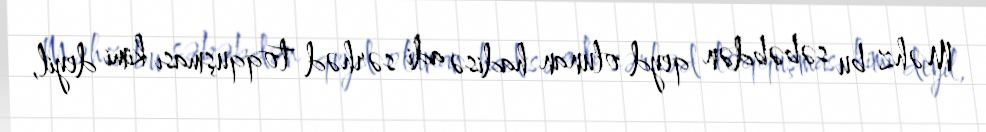
Məhz bu səbəbdən qeyd olunan hadisə adi sərhəd toqquşması kimi deyil,